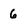
Character: 6